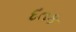
દતક